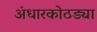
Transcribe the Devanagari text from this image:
अंधारकोठड्या